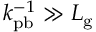
k _ { \mathrm { p b } } ^ { - 1 } \gg L _ { \mathrm { g } }